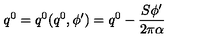
q ^ { 0 } = q ^ { 0 } ( q ^ { 0 } , \phi ^ { \prime } ) = q ^ { 0 } - \frac { S \phi ^ { \prime } } { 2 \pi \alpha }